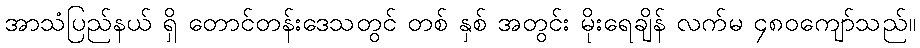
အာသံပြည်နယ် ရှိ တောင်တန်းဒေသတွင် တစ် နှစ် အတွင်း မိုးရေချိန် လက်မ ၄၈၀ကျော်သည်။